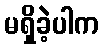
မရှိခဲ့ပါက